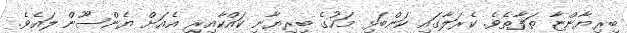
ބިރިޔާންޏާ ތަފާތެވެ. ކެރަލާގައި ކަންބަޅި މަހުގެ ބިރިޔާނި ކައްކާއިރި އެއަށް ޔެންސޫން ލައެވެ.